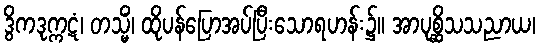
ဒွိကဒုက္ကဋံ၊ တသ္မိံ၊ ထိုပန်ပြောအပ်ပြီးသောရဟန်း၌။ အာပုစ္ဆိသသညာယ၊